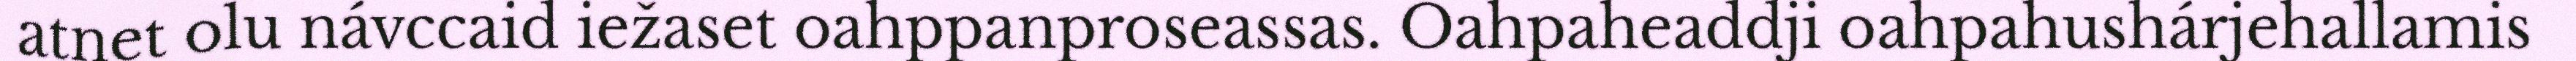
atnet olu návccaid iežaset oahppanproseassas. Oahpaheaddji oahpahushárjehallamis